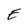
Character: E